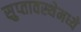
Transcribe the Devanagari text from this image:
सुप्‍तावस्थेमध्ये